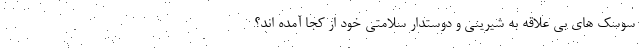
سوسک های بی علاقه به شیرینی و دوستدار سلامتی خود از کجا آمده اند؟